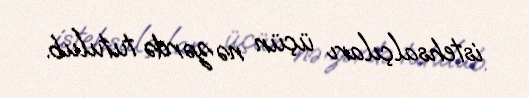
istehsalçıları üçün nəzərdə tutulub.